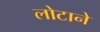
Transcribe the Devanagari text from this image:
लोटाने